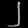
Digit: ၂